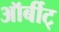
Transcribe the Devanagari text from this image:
ऑर्बीट्